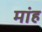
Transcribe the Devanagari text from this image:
मांह